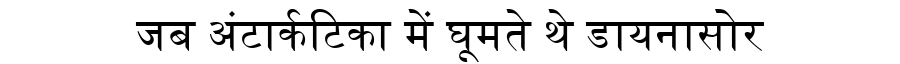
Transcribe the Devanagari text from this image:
जब अंटार्कटिका में घूमते थे डायनासोर